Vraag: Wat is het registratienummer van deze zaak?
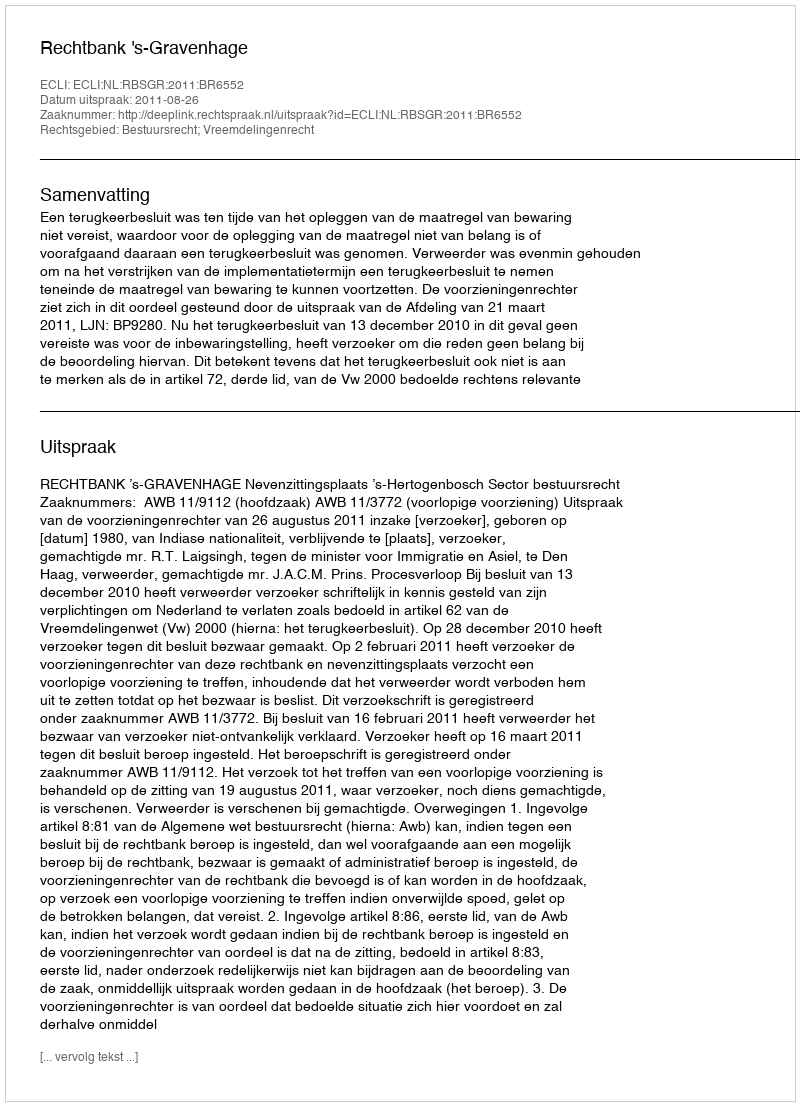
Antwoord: http://deeplink.rechtspraak.nl/uitspraak?id=ECLI:NL:RBSGR:2011:BR6552